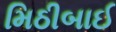
મિઠીબાઈ